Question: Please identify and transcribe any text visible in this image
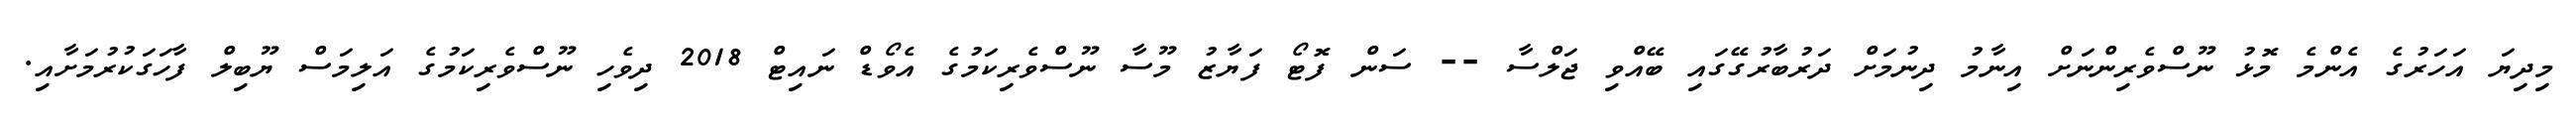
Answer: މިދިޔަ އަހަރުގެ އެންމެ މޮޅު ނޫސްވެރިންނަށް އިނާމު ދިނުމަށް ދަރުބާރުގޭގައި ބޭއްވި ޖަލްސާ -- ސަން ފޮޓޯ ފަޔާޒު މޫސާ ނޫސްވެރިކަމުގެ އެވޯޑް ނައިޓް 2018 ދިވެހި ނޫސްވެރިކަމުގެ އަލިމަސް ޔޫބިލް ފާހަގަކުރުމަށާއި.